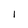
Character: I